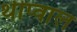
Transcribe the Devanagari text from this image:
थीप्वाल